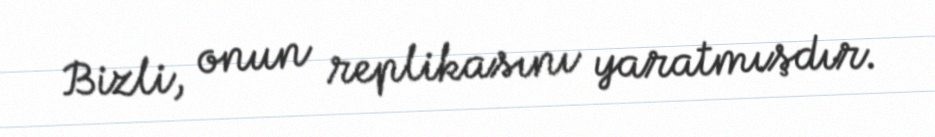
Bizli, onun replikasını yaratmışdır.